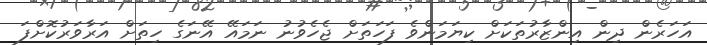
އަހަރެން ދިން އިންޒާރުތަކަށް ކިޔަމަންވެ ފަހަތަށް ޖެހެވުނު ނަމައޭ އޭނަގެ ހިތަށް އަރާވަރުކޮށްފަ